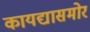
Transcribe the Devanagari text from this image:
कायद्यासमोर